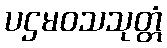
ပဌမဝသသုတ္တံ